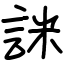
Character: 詸